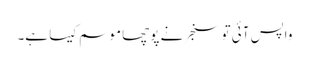
واپس آئی تو سنجر نے پوچھا موسم کیسا ہے۔